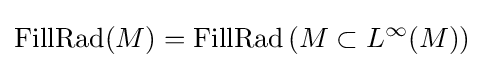
\mathrm {FillRad} (M)=\mathrm {FillRad} \left(M\subset L^{\infty }(M)\right)